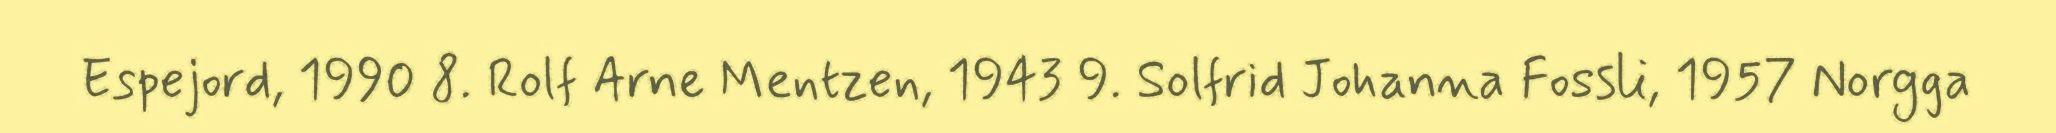
Espejord, 1990 8. Rolf Arne Mentzen, 1943 9. Solfrid Johanna Fossli, 1957 Norgga